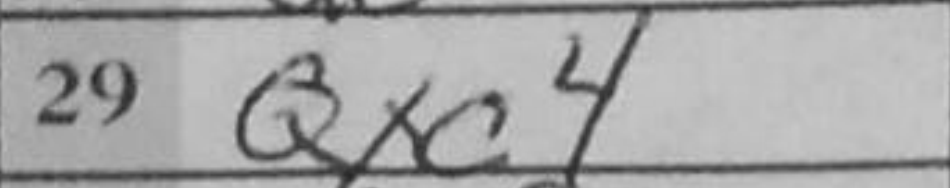
Transcription: Qxc4